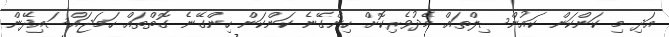
އަދި މި ކަންކަން ކައުންސިލްތައް މެދުވެރިކޮށް ހިންގޭނެ ކަންކަން ހިންގޭނެ ގޮތްތައް ހަމަޖައްސައިދޭން